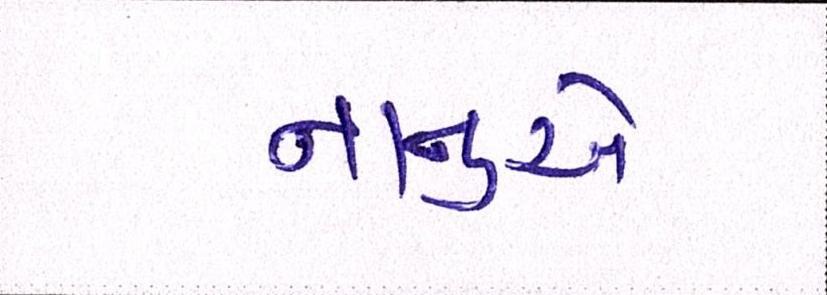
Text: નાનુએ